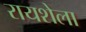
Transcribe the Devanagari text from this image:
रायशेला